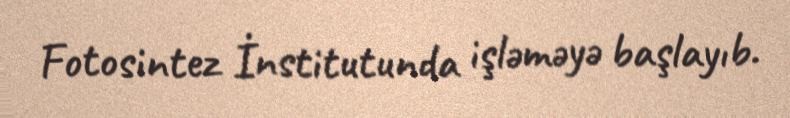
Fotosintez İnstitutunda işləməyə başlayıb.